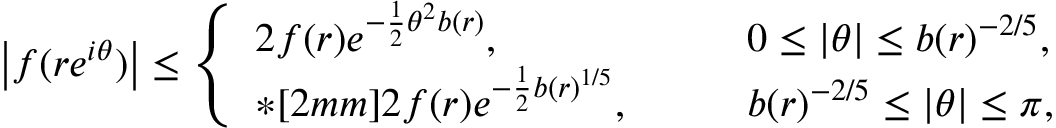
\big | f ( r e ^ { i \theta } ) \big | \leq \left\{ \begin{array} { l l } { 2 f ( r ) e ^ { - \frac { 1 } { 2 } \theta ^ { 2 } b ( r ) } , } & { \qquad 0 \leq | \theta | \leq b ( r ) ^ { - 2 / 5 } , } \\ { * [ 2 m m ] 2 f ( r ) e ^ { - \frac { 1 } { 2 } b ( r ) ^ { 1 / 5 } } , } & { \qquad b ( r ) ^ { - 2 / 5 } \leq | \theta | \leq \pi , } \end{array} \right.